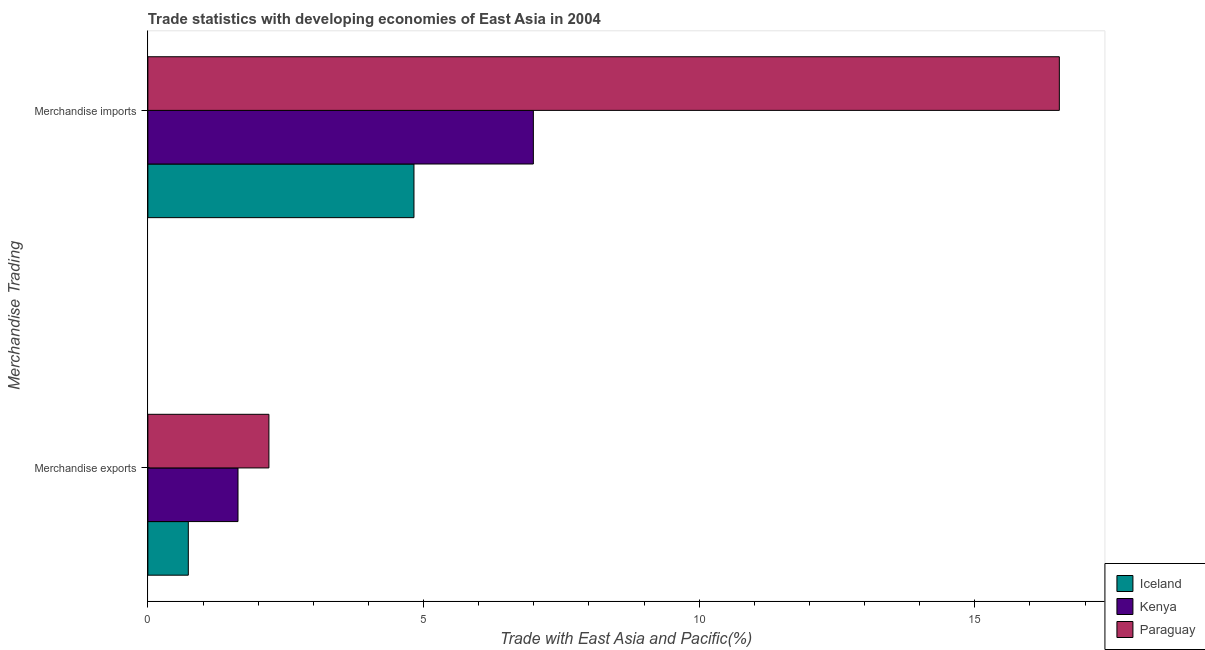
| Merchandise Trading | Iceland | Kenya | Paraguay |
 | --- | --- | --- | --- |
 | Merchandise exports | 0.734 | 1.63 | 2.2 |
 | Merchandise imports | 4.83 | 6.99 | 16.5 |